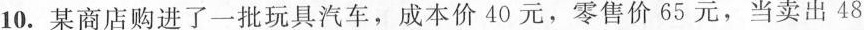
10.某商店购进了一批玩具汽车，成本价40元，零售价65元，当卖出48